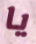
يا